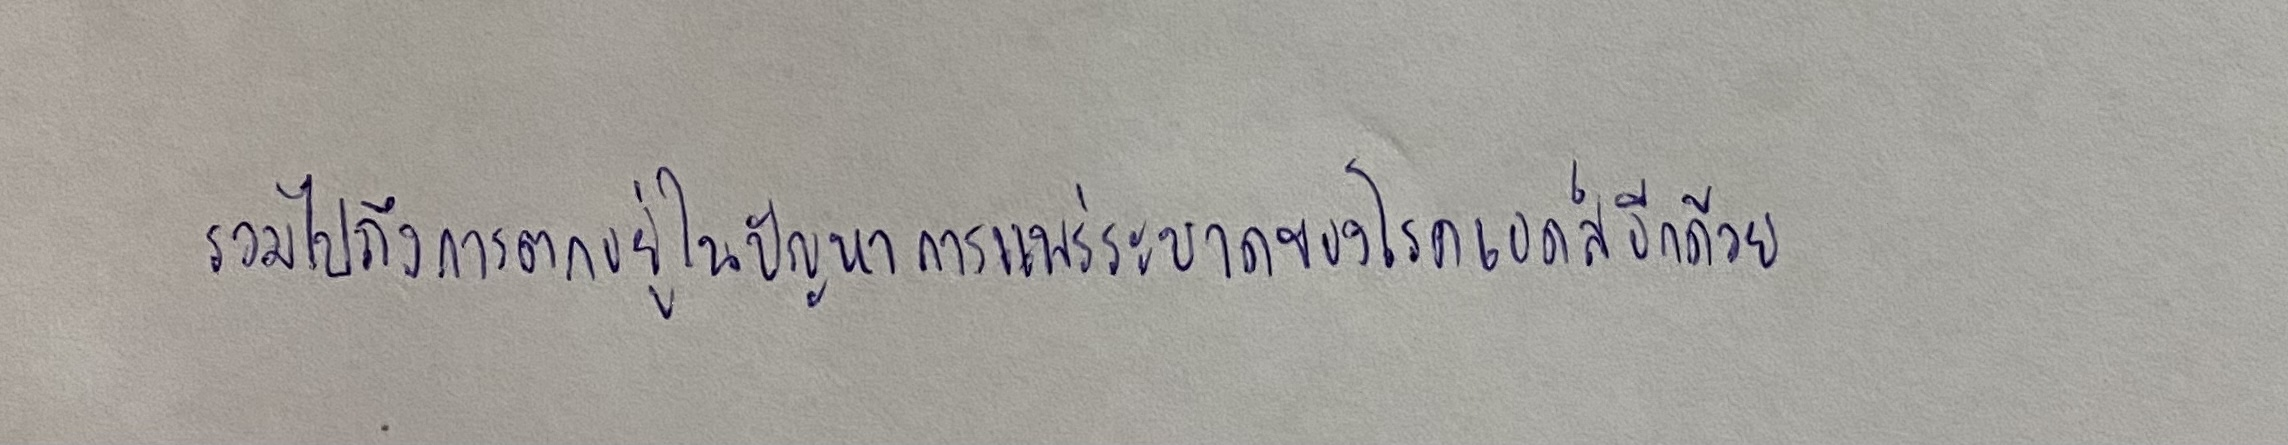
รวมไปถึงการตกอยู่ในปัญหาการแพร่ระบาดของโรคเอดส์อีกด้วย